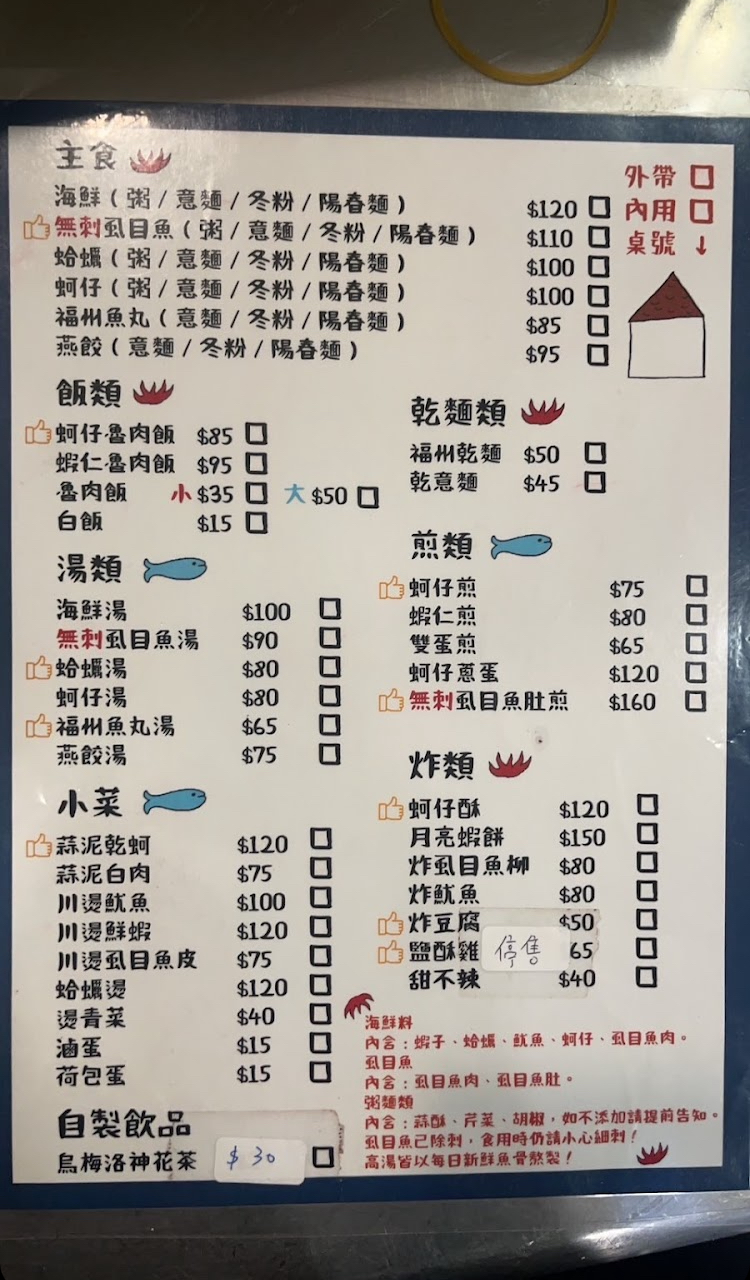
菜單：
name: 海鮮(粥/意麵/冬粉/陽春麵)
price: 120
name: 白無刺虱目魚(粥/意麵/冬粉/陽春麵)
price: 110
name: 蛤蠣(粥/意麵/冬粉/陽春麵)
price: 100
name: 蚵仔(粥/意麵/冬粉/陽春麵)
price: 100
name: 福州魚丸(意麵/冬粉/陽春麵)
price: 85
name: 燕餃(意麵/冬粉/陽春麵)
price: 95
name: 海鮮湯
price: 100
name: 無刺虱目魚湯
price: 90
name: 蛤蠣湯
price: 80
name: 蚵仔湯
price: 80
name: 福州魚丸湯
price: 65
name: 燕餃湯
price: 75
name: 蚵仔魯肉飯
price: 85
name: 蝦仁魯肉飯
price: 95
name: 魯肉飯小
price: 35
name: 魯肉飯大
price: 50
name: 白飯
price: 15
name: 蒜泥乾蚵
price: 120
name: 蒜泥白肉
price: 75
name: 川燙魷魚
price: 100
name: 川燙鮮蝦
price: 120
name: 川燙虱目魚皮
price: 75
name: 蛤蠣燙
price: 120
name: 燙青菜
price: 40
name: 滷蛋
price: 15
name: 荷包蛋
price: 15
name: 烏梅洛神花茶
price: 30
name: 福州乾麵
price: 50
name: 乾意麵
price: 45
name: 蚵仔煎
price: 75
name: 蝦仁煎
price: 80
name: 雙蛋煎
price: 65
name: 蚵仔蔥蛋
price: 120
name: 無刺虱目魚肚煎
price: 160
name: 蚵仔酥
price: 120
name: 月亮蝦餅
price: 150
name: 炸虱目魚柳
price: 80
name: 炸魷魚
price: 80
name: 炸豆腐
price: 50
name: 甜不辣
price: 40